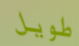
طويل